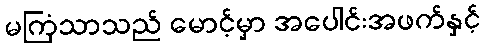
မကြံသာသည် မောင့်မှာ အပေါင်းအဖက်နှင့်